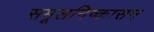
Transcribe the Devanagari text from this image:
समूलनिष्कासन